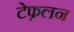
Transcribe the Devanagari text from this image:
टेफ़लन